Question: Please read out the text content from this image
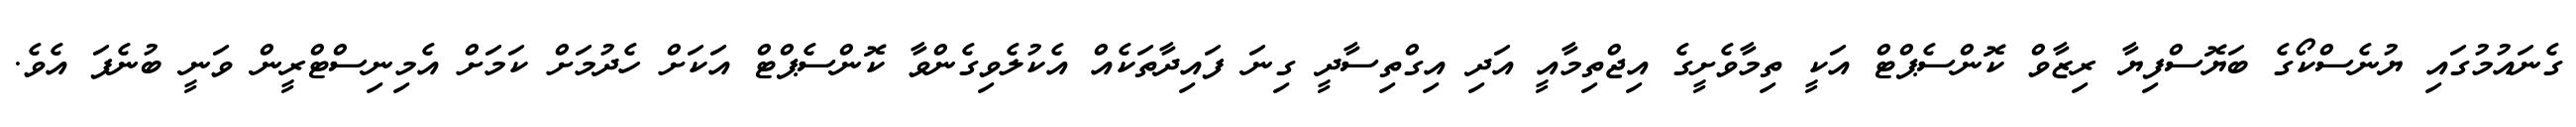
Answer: ގެނައުމުގައި ޔުނެސްކޯގެ ބަޔޮސްފިޔާ ރިޒާވް ކޮންސެޕްޓް އަކީ ތިމާވެށީގެ އިޖްތިމާއީ އަދި އިގްތިސާދީ ގިނަ ފައިދާތަކެއް އެކުލެވިގެންވާ ކޮންސެޕްޓް އަކަށް ހެދުމަށް ކަމަށް އެމިނިސްޓްރީން ވަނީ ބުނެފަ އެވެ.